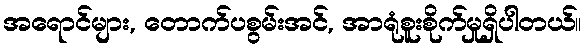
အရောင်များ, တောက်ပစွမ်းအင်, အာရုံစူးစိုက်မှုရှိပါတယ်။